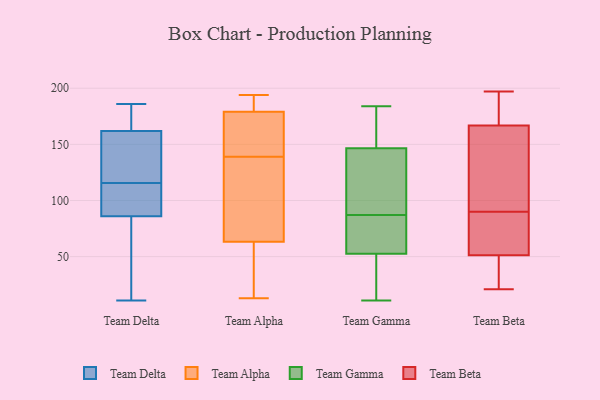
{"axis": {"x": "Waste Production (Tons)", "y": "Value"}, "legend": ["Team Alpha", "Team Beta", "Team Delta", "Team Gamma"], "data": [{"x": "", "y": 83, "type": "Team Delta"}, {"x": "", "y": 116, "type": "Team Delta"}, {"x": "", "y": 179, "type": "Team Delta"}, {"x": "", "y": 11, "type": "Team Delta"}, {"x": "", "y": 186, "type": "Team Delta"}, {"x": "", "y": 45, "type": "Team Delta"}, {"x": "", "y": 102, "type": "Team Delta"}, {"x": "", "y": 181, "type": "Team Delta"}, {"x": "", "y": 112, "type": "Team Delta"}, {"x": "", "y": 67, "type": "Team Delta"}, {"x": "", "y": 184, "type": "Team Delta"}, {"x": "", "y": 143, "type": "Team Delta"}, {"x": "", "y": 127, "type": "Team Delta"}, {"x": "", "y": 157, "type": "Team Delta"}, {"x": "", "y": 115, "type": "Team Delta"}, {"x": "", "y": 86, "type": "Team Delta"}, {"x": "", "y": 162, "type": "Team Delta"}, {"x": "", "y": 106, "type": "Team Delta"}, {"x": "", "y": 99, "type": "Team Alpha"}, {"x": "", "y": 194, "type": "Team Alpha"}, {"x": "", "y": 58, "type": "Team Alpha"}, {"x": "", "y": 65, "type": "Team Alpha"}, {"x": "", "y": 16, "type": "Team Alpha"}, {"x": "", "y": 57, "type": "Team Alpha"}, {"x": "", "y": 161, "type": "Team Alpha"}, {"x": "", "y": 193, "type": "Team Alpha"}, {"x": "", "y": 137, "type": "Team Alpha"}, {"x": "", "y": 139, "type": "Team Alpha"}, {"x": "", "y": 127, "type": "Team Alpha"}, {"x": "", "y": 143, "type": "Team Alpha"}, {"x": "", "y": 176, "type": "Team Alpha"}, {"x": "", "y": 13, "type": "Team Alpha"}, {"x": "", "y": 189, "type": "Team Alpha"}, {"x": "", "y": 188, "type": "Team Alpha"}, {"x": "", "y": 159, "type": "Team Alpha"}, {"x": "", "y": 16, "type": "Team Gamma"}, {"x": "", "y": 182, "type": "Team Gamma"}, {"x": "", "y": 59, "type": "Team Gamma"}, {"x": "", "y": 96, "type": "Team Gamma"}, {"x": "", "y": 78, "type": "Team Gamma"}, {"x": "", "y": 184, "type": "Team Gamma"}, {"x": "", "y": 149, "type": "Team Gamma"}, {"x": "", "y": 77, "type": "Team Gamma"}, {"x": "", "y": 144, "type": "Team Gamma"}, {"x": "", "y": 179, "type": "Team Gamma"}, {"x": "", "y": 53, "type": "Team Gamma"}, {"x": "", "y": 11, "type": "Team Gamma"}, {"x": "", "y": 42, "type": "Team Gamma"}, {"x": "", "y": 134, "type": "Team Gamma"}, {"x": "", "y": 52, "type": "Team Gamma"}, {"x": "", "y": 97, "type": "Team Gamma"}, {"x": "", "y": 38, "type": "Team Beta"}, {"x": "", "y": 169, "type": "Team Beta"}, {"x": "", "y": 183, "type": "Team Beta"}, {"x": "", "y": 96, "type": "Team Beta"}, {"x": "", "y": 70, "type": "Team Beta"}, {"x": "", "y": 160, "type": "Team Beta"}, {"x": "", "y": 21, "type": "Team Beta"}, {"x": "", "y": 90, "type": "Team Beta"}, {"x": "", "y": 89, "type": "Team Beta"}, {"x": "", "y": 197, "type": "Team Beta"}, {"x": "", "y": 45, "type": "Team Beta"}]}